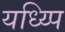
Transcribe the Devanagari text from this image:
यध्य्पि